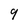
Character: 9